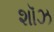
શૉઝ